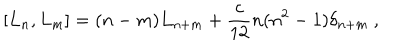
\left[ L _ { n } , L _ { m } \right] = ( n - m ) L _ { n + m } + { \frac { c } { 1 2 } } n ( n ^ { 2 } - 1 ) \delta _ { n + m } \ ,